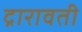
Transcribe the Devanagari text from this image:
द्रारावती